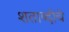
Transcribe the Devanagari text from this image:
शताब्दीचे